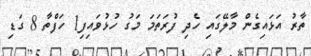
ތާރު އަޅައިގެން މާލޭގައި ހެދި ފުރަތަމަ މަގު ހުޅުވައިފި1 ހަފްތާ 8 ގަޑި